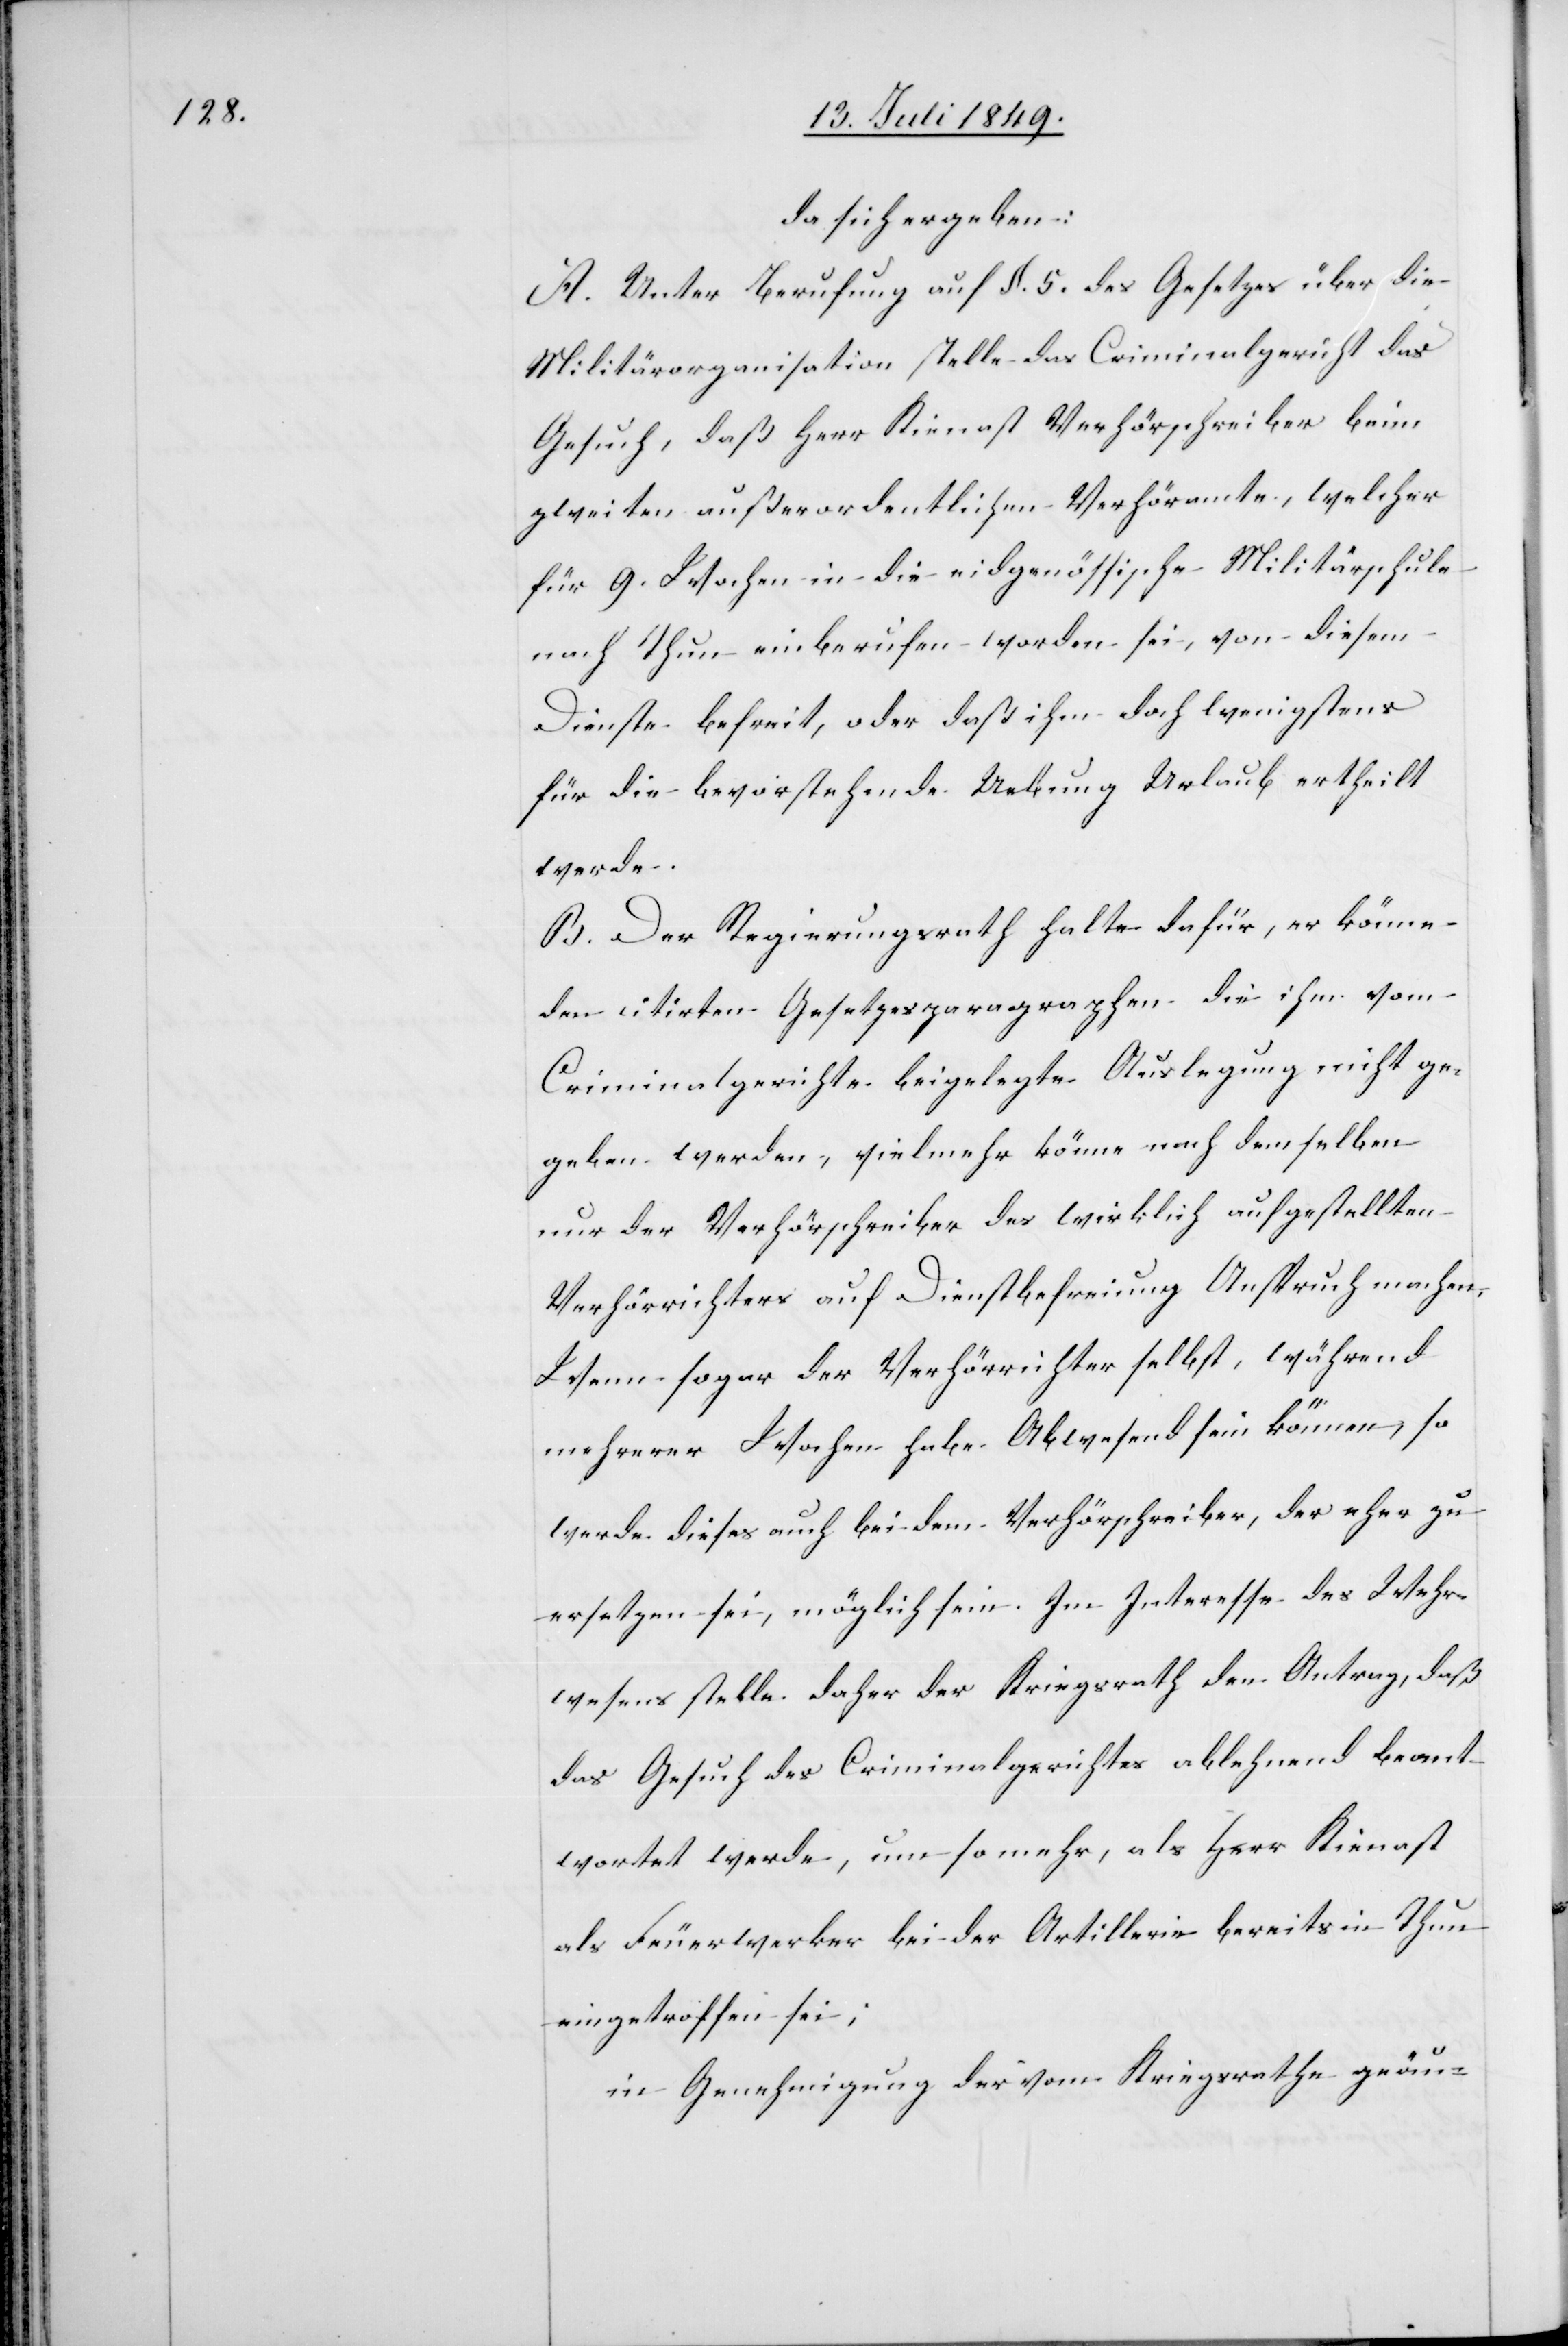
da sich ergeben:
A. Unter Berufung auf §. 5. des Gesetzes über die
Militärorganisation stelle das Criminalgericht das
Gesuch, daß Herr Kienast Verhörschreiber beim
zweiten außerordentlichen Verhöramte, welcher
für 9. Wochen in die eidgenössische Militärschule
nach Thun einberufen worden sei, von diesem
Dienste befreit, oder daß ihm doch wenigstens
für die bevorstehende Uebung Urlaub ertheilt
werde.
B. Der Regierungsrath halte dafür, er könne
den citirten Gesetzesparagraphen die ihm vom
Criminalgerichte beigelegte Auslegung nicht ge¬
geben werden, vielmehr könne nach denselben
nur der Verhörschreiber des wirklich aufgestellten
Verhörrichters auf Dienstbefreiung Anspruch machen.
Wenn sogar der Verhörrichter selbst, während
mehrerer Wochen habe Abwesend sein können, so
werde dieses auch bei dem Verhörschreiber, der eher zu
ersetzen sei, möglich sein. Im Interesse des Wehr¬
wesens stelle daher der Kriegsrath den Antrag, daß
das Gesuch des Criminalgerichtes ablehnend beant¬
wortet werde, um so mehr, als Herr Kienast
als Feuerwerker bei der Artillerie bereits in Thun
eingetroffen sei;
in Genehmigung der vom Kriegsrathe geäu-